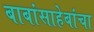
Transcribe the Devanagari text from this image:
बाबांसाहेबांचा